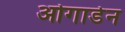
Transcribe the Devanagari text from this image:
ओगाडेन